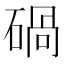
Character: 碢